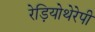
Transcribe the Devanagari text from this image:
रेड़ियोथेरेपी